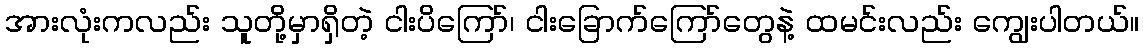
အားလုံးကလည်း သူတို့မှာရှိတဲ့ ငါးပိကြော်၊ ငါးခြောက်ကြော်တွေနဲ့ ထမင်းလည်း ကျွေးပါတယ်။